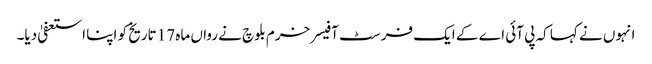
انہوں نے کہا کہ پی آئی اے کے ایک فرسٹ آفیسر خرم بلوچ نے رواں ماہ 17 تاریخ کو اپنا استعفیٰ دیا۔